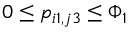
0 \le p _ { i 1 , j 3 } \le \Phi _ { 1 }